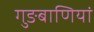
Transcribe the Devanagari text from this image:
गुङबाणियां